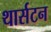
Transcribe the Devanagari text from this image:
थार्सटन